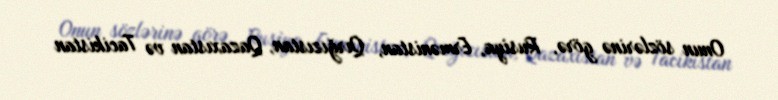
Onun sözlərinə görə, Rusiya, Ermənistan, Qırğızıstan, Qazaxıstan və Tacikistan